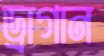
ড্রাগান